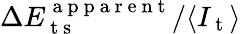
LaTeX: \Delta E_{\mathrm{~t~s~}}^{\mathrm{~a~p~p~a~r~e~n~t~}}/\langle I_{\mathrm{~t~}}\rangle